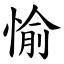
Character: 愉